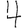
Digit: 4